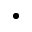
\bullet